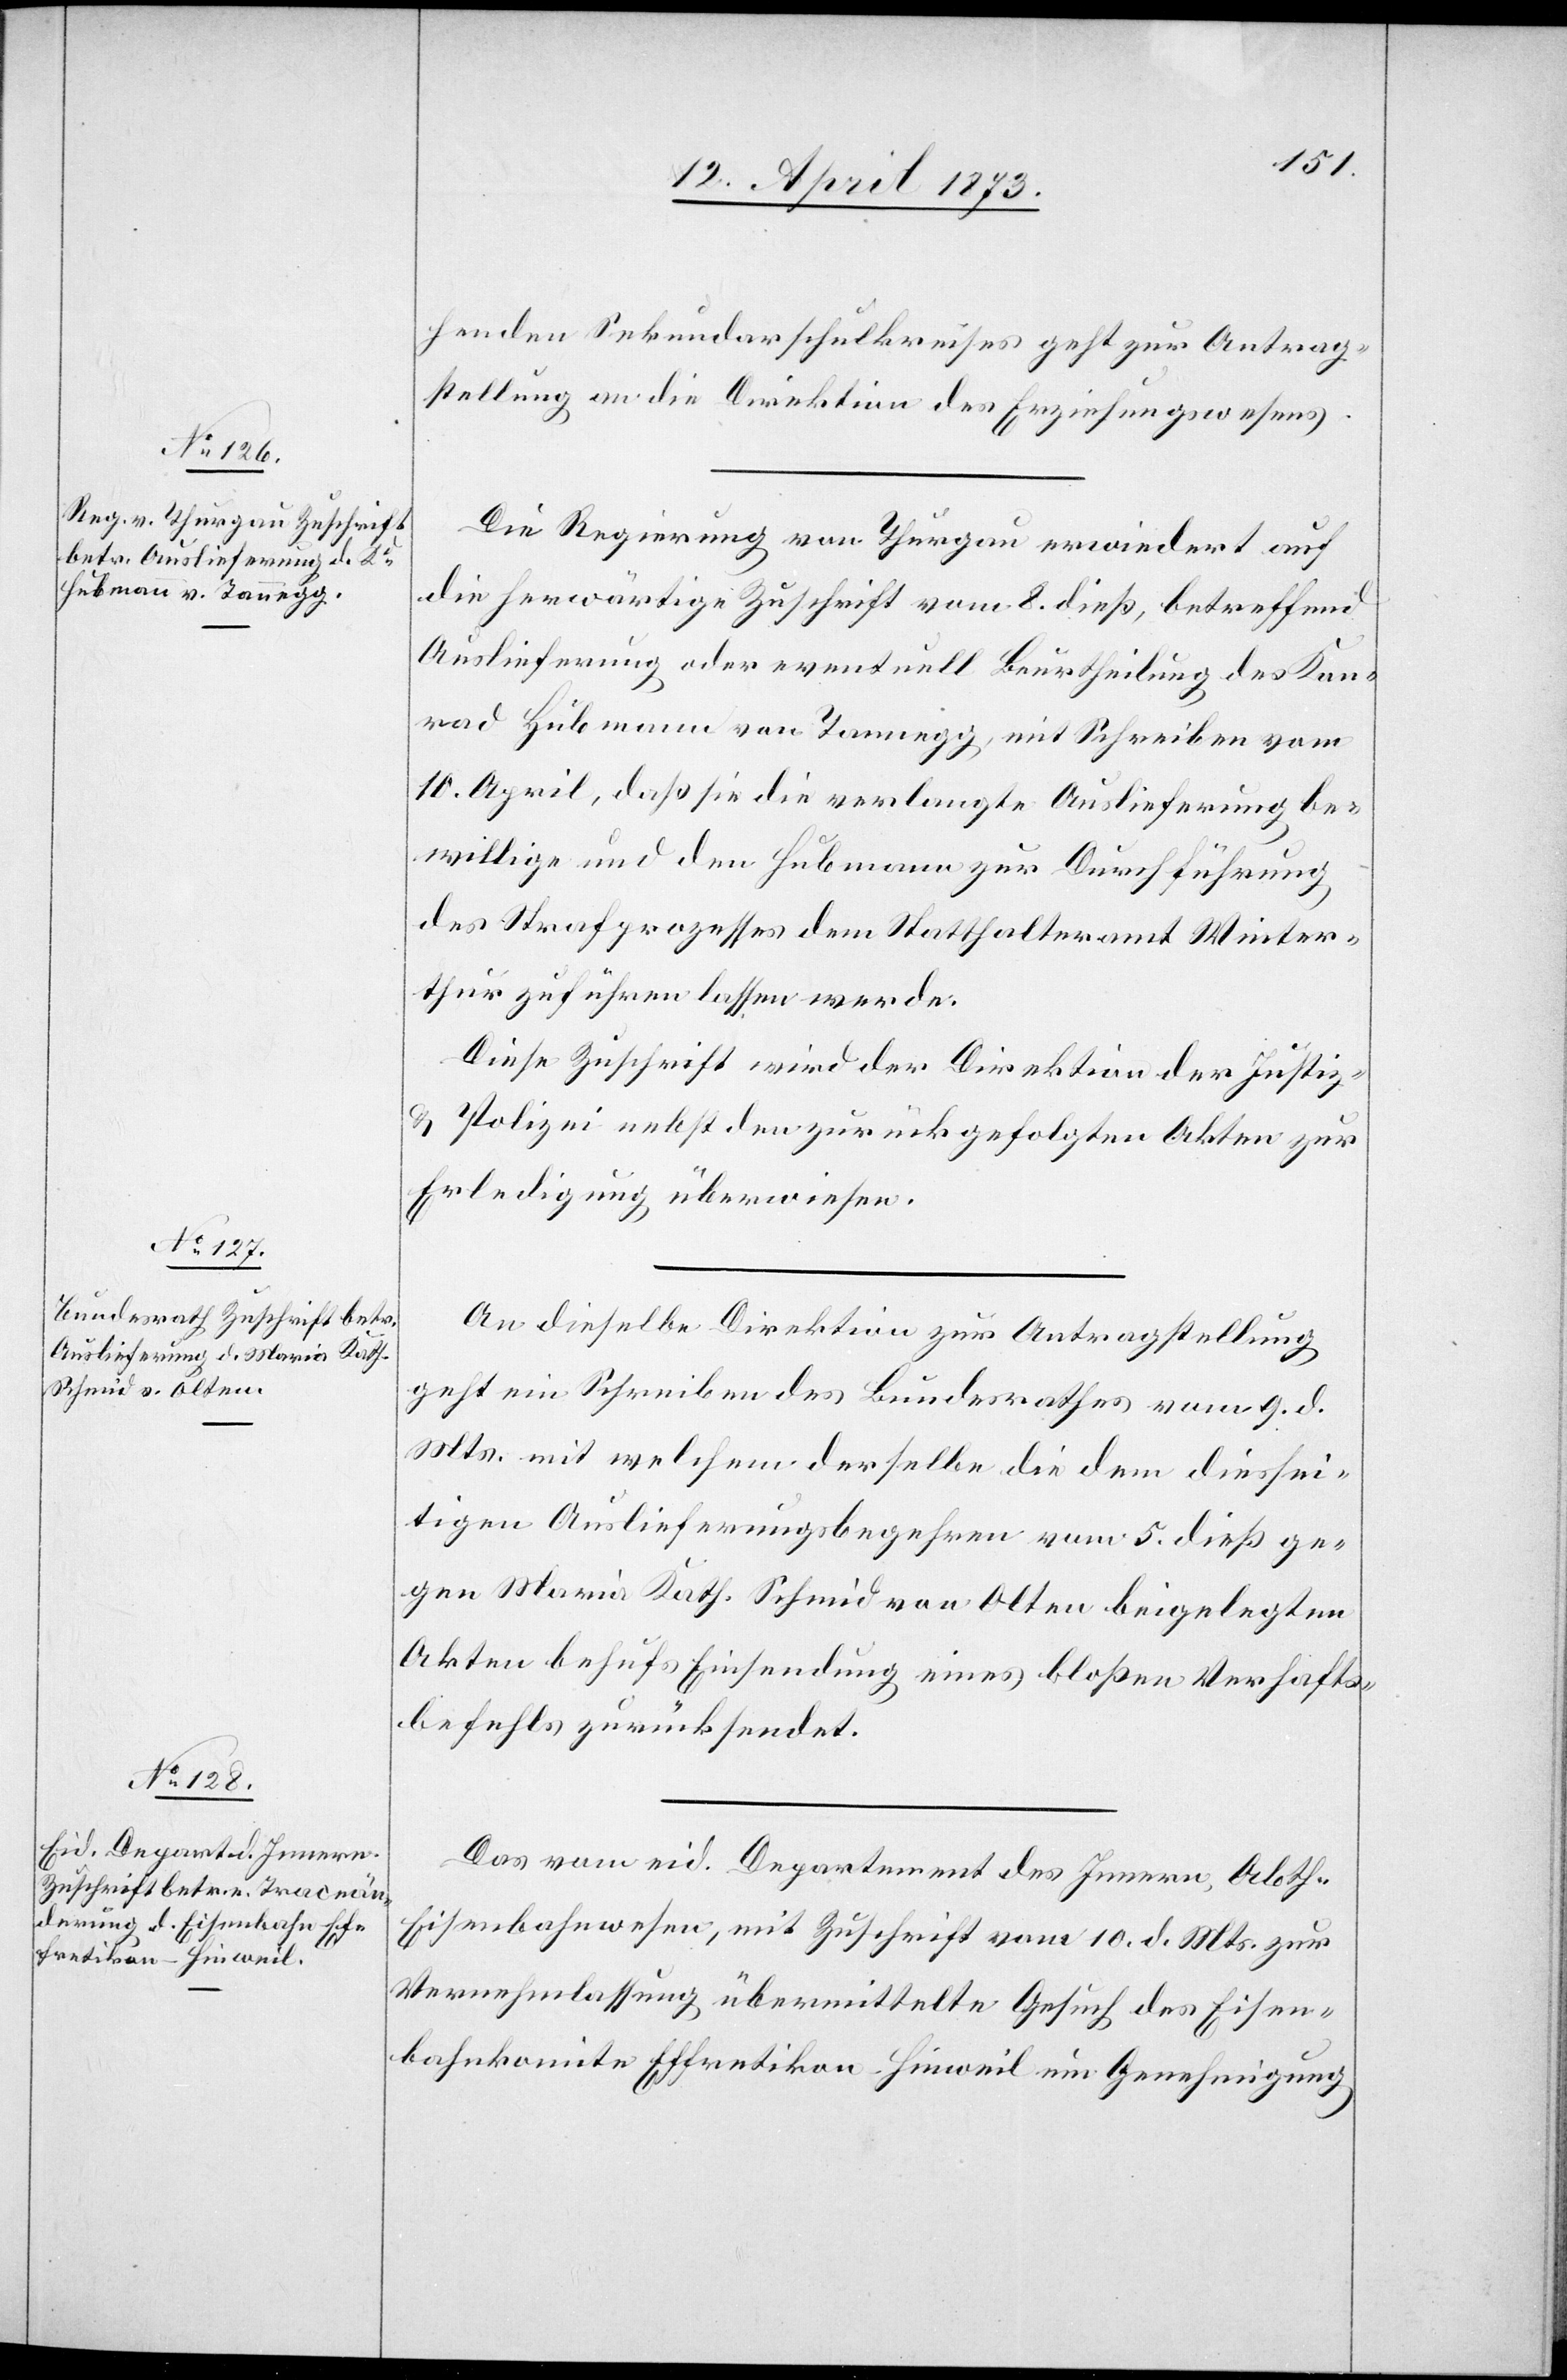
12. April 1873.]
henden Sekundarschulkreises geht zur Antrag¬
stellung an die Direktion des Erziehungswesens.
Die Regierung von Thurgau erwiedert auf
die herwärtige Zuschrift vom 8. dieß, betreffend
Auslieferung oder eventuell Beurtheilung des Kon¬
rad Hubmann von Tannegg, mit Schreiben vom
10. April, daß sie die verlangte Auslieferung be¬
willige und den Hubmann zur Durchführung
des Strafprozesses dem Statthalteramt Winter¬
thur zuführen lassen werde.
Diese Zuschrift wird der Direktion der Justiz
& Polizei nebst den zurückgefolgten Akten zur
Erledigung überwiesen.
An dieselbe Direktion zur Antragstellung
geht ein Schreiben des Bundesrathes vom 9. d.
Mts. mit welchem derselbe die dem diessei¬
tigen Auslieferungsbegehren vom 5. dieß ge¬
gen Maria Kath. Schmid von Olten beigelegten
Akten behufs Einsendung eines bloßen Verhafts¬
befehls zurücksendet.
Das vom eid. Departement des Innern, Abth.
Eisenbahnwesen, mit Zuschrift vom 10. d. Mts. zur
Vernehmlassung übermittelte Gesuch des Eisen¬
bahnkomite Effretikon-Hinweil um Genehmigung